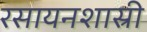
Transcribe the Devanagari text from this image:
रसायनशास्री